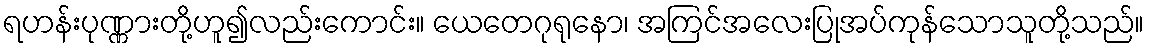
ရဟန်းပုဏ္ဏားတို့ဟူ၍လည်းကောင်း။ ယေတေဂုရုနော၊ အကြင်အလေးပြုအပ်ကုန်သောသူတို့သည်။